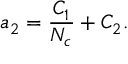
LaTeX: a _ { 2 } = \frac { C _ { 1 } } { N _ { c } } + C _ { 2 } .